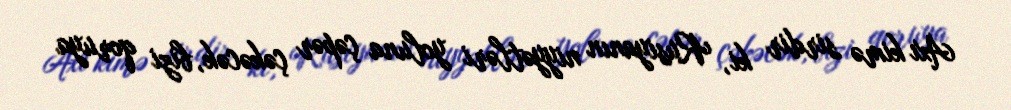
Axı kimə sirdir ki, Rusiyanın niyyətləri yoluna çəpər çəkəcək, bizi qoruya